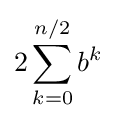
2\sum _{k=0}^{n/2}b^{k}